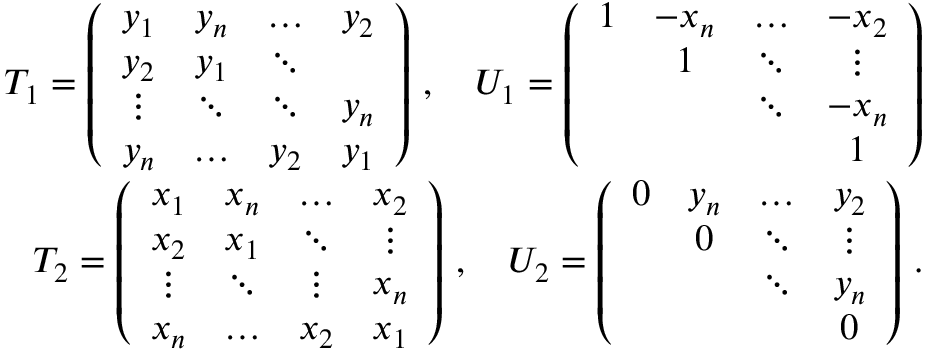
\begin{array} { r } { T _ { 1 } = \left( \begin{array} { c c c c } { y _ { 1 } } & { y _ { n } } & { \ldots } & { y _ { 2 } } \\ { y _ { 2 } } & { y _ { 1 } } & { \ddots } & \\ { \vdots } & { \ddots } & { \ddots } & { y _ { n } } \\ { y _ { n } } & { \ldots } & { y _ { 2 } } & { y _ { 1 } } \end{array} \right) \, , \quad U _ { 1 } = \left( \begin{array} { c c c c } { 1 } & { - x _ { n } } & { \ldots } & { - x _ { 2 } } \\ & { 1 } & { \ddots } & { \vdots } \\ & & { \ddots } & { - x _ { n } } \\ & & & { 1 } \end{array} \right) } \\ { T _ { 2 } = \left( \begin{array} { c c c c } { x _ { 1 } } & { x _ { n } } & { \ldots } & { x _ { 2 } } \\ { x _ { 2 } } & { x _ { 1 } } & { \ddots } & { \vdots } \\ { \vdots } & { \ddots } & { \vdots } & { x _ { n } } \\ { x _ { n } } & { \ldots } & { x _ { 2 } } & { x _ { 1 } } \end{array} \right) \, , \quad U _ { 2 } = \left( \begin{array} { c c c c } { 0 } & { y _ { n } } & { \ldots } & { y _ { 2 } } \\ & { 0 } & { \ddots } & { \vdots } \\ & & { \ddots } & { y _ { n } } \\ & & & { 0 } \end{array} \right) \, . } \end{array}